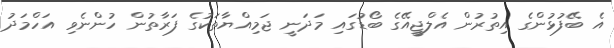
އެ ބޭފުޅުންގެ އިތުރުން އެލްޖީއޭގެ ބޯޑުގައި މަދަނީ ޖަމިއްޔާތަކުގެ ފަރާތުން ހުންނެވި އަހްމަދު